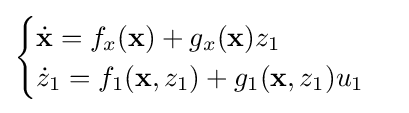
{\begin{cases}{\dot {\mathbf {x} }}=f_{x}(\mathbf {x} )+g_{x}(\mathbf {x} )z_{1}\\{\dot {z}}_{1}=f_{1}(\mathbf {x} ,z_{1})+g_{1}(\mathbf {x} ,z_{1})u_{1}\end{cases}}